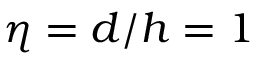
\eta = d / h = 1